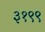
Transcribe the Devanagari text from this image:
३१९९